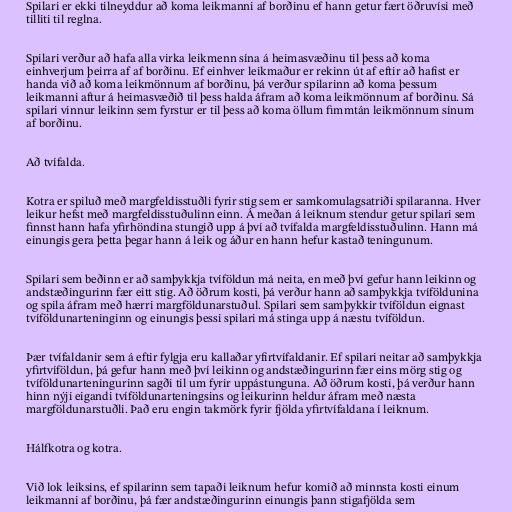
Spilari er ekki tilneyddur að koma leikmanni af borðinu ef hann getur fært öðruvísi með
tilliti til reglna.

Spilari verður að hafa alla virka leikmenn sína á heimasvæðinu til þess að koma
einhverjum þeirra af af borðinu. Ef einhver leikmaður er rekinn út af eftir að hafist er
handa við að koma leikmönnum af borðinu, þá verður spilarinn að koma þessum
leikmanni aftur á heimasvæðið til þess halda áfram að koma leikmönnum af borðinu. Sá
spilari vinnur leikinn sem fyrstur er til þess að koma öllum fimmtán leikmönnum sínum
af borðinu.

Að tvífalda.

Kotra er spiluð með margfeldisstuðli fyrir stig sem er samkomulagsatriði spilaranna. Hver
leikur hefst með margfeldisstuðulinn einn. Á meðan á leiknum stendur getur spilari sem
finnst hann hafa yfirhöndina stungið upp á því að tvífalda margfeldisstuðulinn. Hann má
einungis gera þetta þegar hann á leik og áður en hann hefur kastað teningunum.

Spilari sem beðinn er að samþykkja tvíföldun má neita, en með því gefur hann leikinn og
andstæðingurinn fær eitt stig. Að öðrum kosti, þá verður hann að samþykkja tvíföldunina
og spila áfram með hærri margföldunarstuðul. Spilari sem samþykkir tvíföldun eignast
tvíföldunarteninginn og einungis þessi spilari má stinga upp á næstu tvíföldun.

Þær tvífaldanir sem á eftir fylgja eru kallaðar yfirtvífaldanir. Ef spilari neitar að samþykkja
yfirtvíföldun, þá gefur hann með því leikinn og andstæðingurinn fær eins mörg stig og
tvíföldunarteningurinn sagði til um fyrir uppástunguna. Að öðrum kosti, þá verður hann
hinn nýji eigandi tvíföldunarteningsins og leikurinn heldur áfram með næsta
margföldunarstuðli. Það eru engin takmörk fyrir fjölda yfirtvífaldana í leiknum.

Hálfkotra og kotra.

Við lok leiksins, ef spilarinn sem tapaði leiknum hefur komið að minnsta kosti einum
leikmanni af borðinu, þá fær andstæðingurinn einungis þann stigafjölda sem